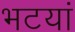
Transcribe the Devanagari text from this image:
भटयां